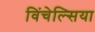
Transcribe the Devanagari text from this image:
विंचेल्सिया